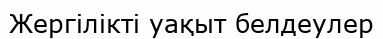
Жергілікті уақыт белдеулер